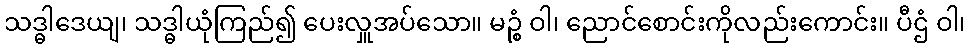
သဒ္ဓါဒေယျ၊ သဒ္ဓါယုံကြည်၍ ပေးလှူအပ်သော။ မဉ္စံ ဝါ၊ ညောင်စောင်းကိုလည်းကောင်း။ ပီဌံ ဝါ၊